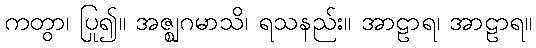
ကတွာ၊ ပြု၍။ အဇ္ဈဂမာသိ၊ ရသနည်း။ အာဠာရ၊ အာဠာရ။